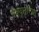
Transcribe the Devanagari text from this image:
मैक्यूनेरिया